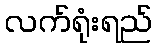
လက်ရုံးရည်